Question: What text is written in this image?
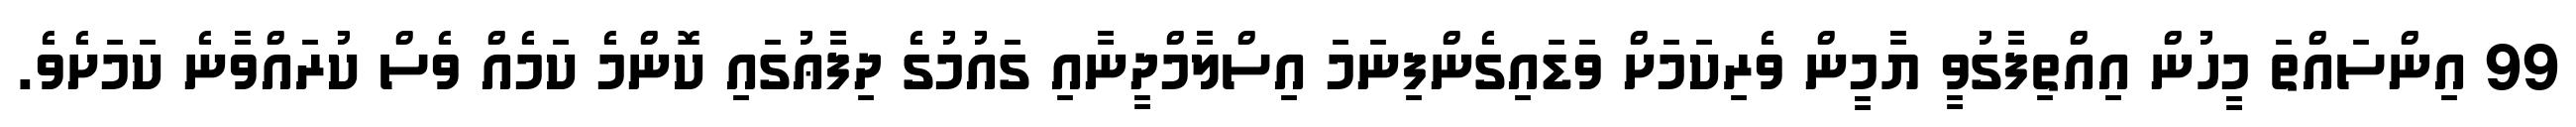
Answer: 99 އިންސައްތަ މީހުން އިއްތިފާގުވީ ޔާމީން ވެރިކަމަށް ވަޑައިގެންފިނަމަ އިސްލާމްދީނާއި ގައުމުގެ ދިފާޢުގައި ކޮންމެ ކަމެއް ވެސް ކުރައްވާނެ ކަމަށެވެ.